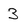
Character: 3